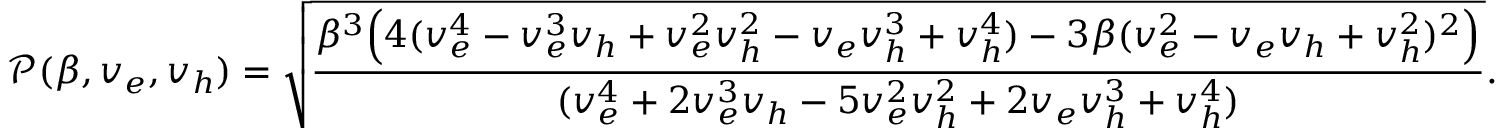
\mathscr { P } ( \beta , v _ { e } , v _ { h } ) = \sqrt { \frac { \beta ^ { 3 } \Big ( 4 ( v _ { e } ^ { 4 } - v _ { e } ^ { 3 } v _ { h } + v _ { e } ^ { 2 } v _ { h } ^ { 2 } - v _ { e } v _ { h } ^ { 3 } + v _ { h } ^ { 4 } ) - 3 \beta ( v _ { e } ^ { 2 } - v _ { e } v _ { h } + v _ { h } ^ { 2 } ) ^ { 2 } \Big ) } { ( v _ { e } ^ { 4 } + 2 v _ { e } ^ { 3 } v _ { h } - 5 v _ { e } ^ { 2 } v _ { h } ^ { 2 } + 2 v _ { e } v _ { h } ^ { 3 } + v _ { h } ^ { 4 } ) } } .